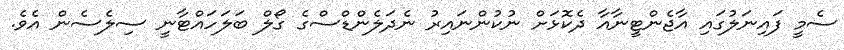
ސެމީ ފައިނަލުގައި އާޖެންޓީނާއާ ދެކޮޅަށް ނުކުންނައިރު ނެދަލެންޑްސްގެ ގޯލް ބަލަހައްޓާނީ ސިލެސެން އެވެ.